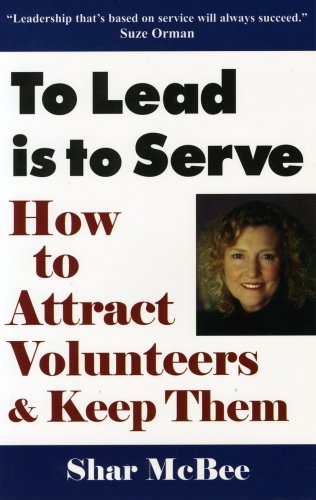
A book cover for To Lead Is To Serve: How to Attract Volunteers & Keep Them; Shar McBee; Business & Money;